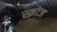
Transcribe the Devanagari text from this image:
स्क्रोज